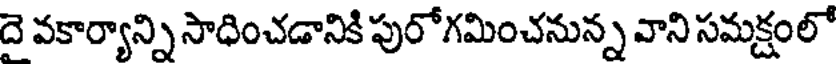
దె వకార్యాన్ని సాధించడానికి పురోగమించనున్న వాని సమక్షంలో